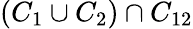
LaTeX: (C_{1}\cup C_{2})\cap C_{12}